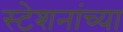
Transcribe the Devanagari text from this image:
स्टेशनांच्या